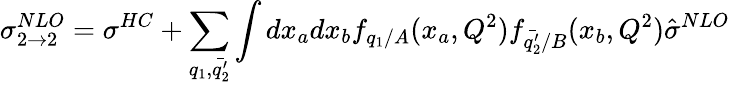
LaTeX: \sigma_{2\rightarrow 2}^{NLO}=\sigma^{HC}+\sum_{q_{1},\bar{q_{2}^{\prime}}}\int dx_{a}dx_{b}f_{q_{1}/A}(x_{a},Q^{2})f_{\bar{q_{2}^{\prime}}/B}(x_{b},Q^{2})\hat{\sigma}^{NLO}